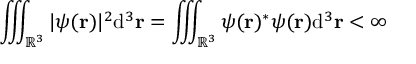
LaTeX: \iiint _ { \mathbb { R } ^ { 3 } } | \psi ( \mathbf { r } ) | ^ { 2 } \mathrm { { d } } ^ { 3 } \mathbf { r } = \iiint _ { \mathbb { R } ^ { 3 } } \psi ( \mathbf { r } ) ^ { * } \psi ( \mathbf { r } ) \mathrm { { d } } ^ { 3 } \mathbf { r } < \infty